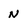
Character: n